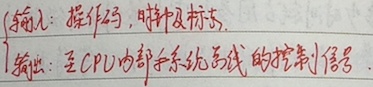
\[
\begin{cases}
\text{输入：操作码，时钟及标志} \\
\text{输出：至CPU内部和系统总线的控制信号}
\end{cases}
\]